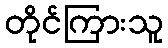
တိုင်ကြားသူ